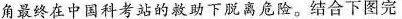
角最终在中国科考站的救助下脱离危险。结合下图完